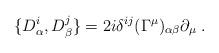
LaTeX: \begin{align*} \{D^i_\alpha,D^j_\beta\}= 2i\delta^{ij}(\Gamma^\mu)_{\alpha\beta}\partial_\mu\;.\end{align*}